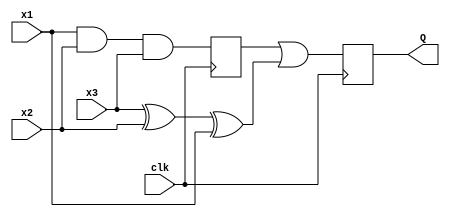
module task2(x3,x2,x1,clk,Q);
input x3,x2,x1,clk;
output reg Q;
wire w1,w2,w4;
assign w1=x3^x2^x1;
assign w2=x1&x2&x3;
 reg w3;
always @(posedge clk)
begin 
  w3<=w2;
  end
 assign w4=w3|w1;
 always @(negedge clk)
 begin 
 Q<=w4;
 end
 endmodule